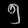
Digit: ၅